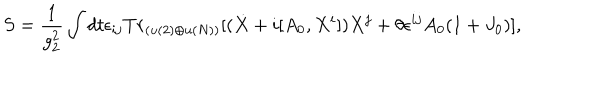
S = \frac { 1 } { g _ { 2 } ^ { 2 } } \int d t \epsilon _ { i j } T r _ { ( u ( 2 ) \oplus u ( N ) ) } \lbrack ( \dot { X } + i [ A _ { 0 } , X ^ { i } ] ) X ^ { j } + \theta \epsilon ^ { i j } A _ { 0 } ( 1 + J _ { 0 } ) \rbrack ,